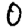
Digit: 0